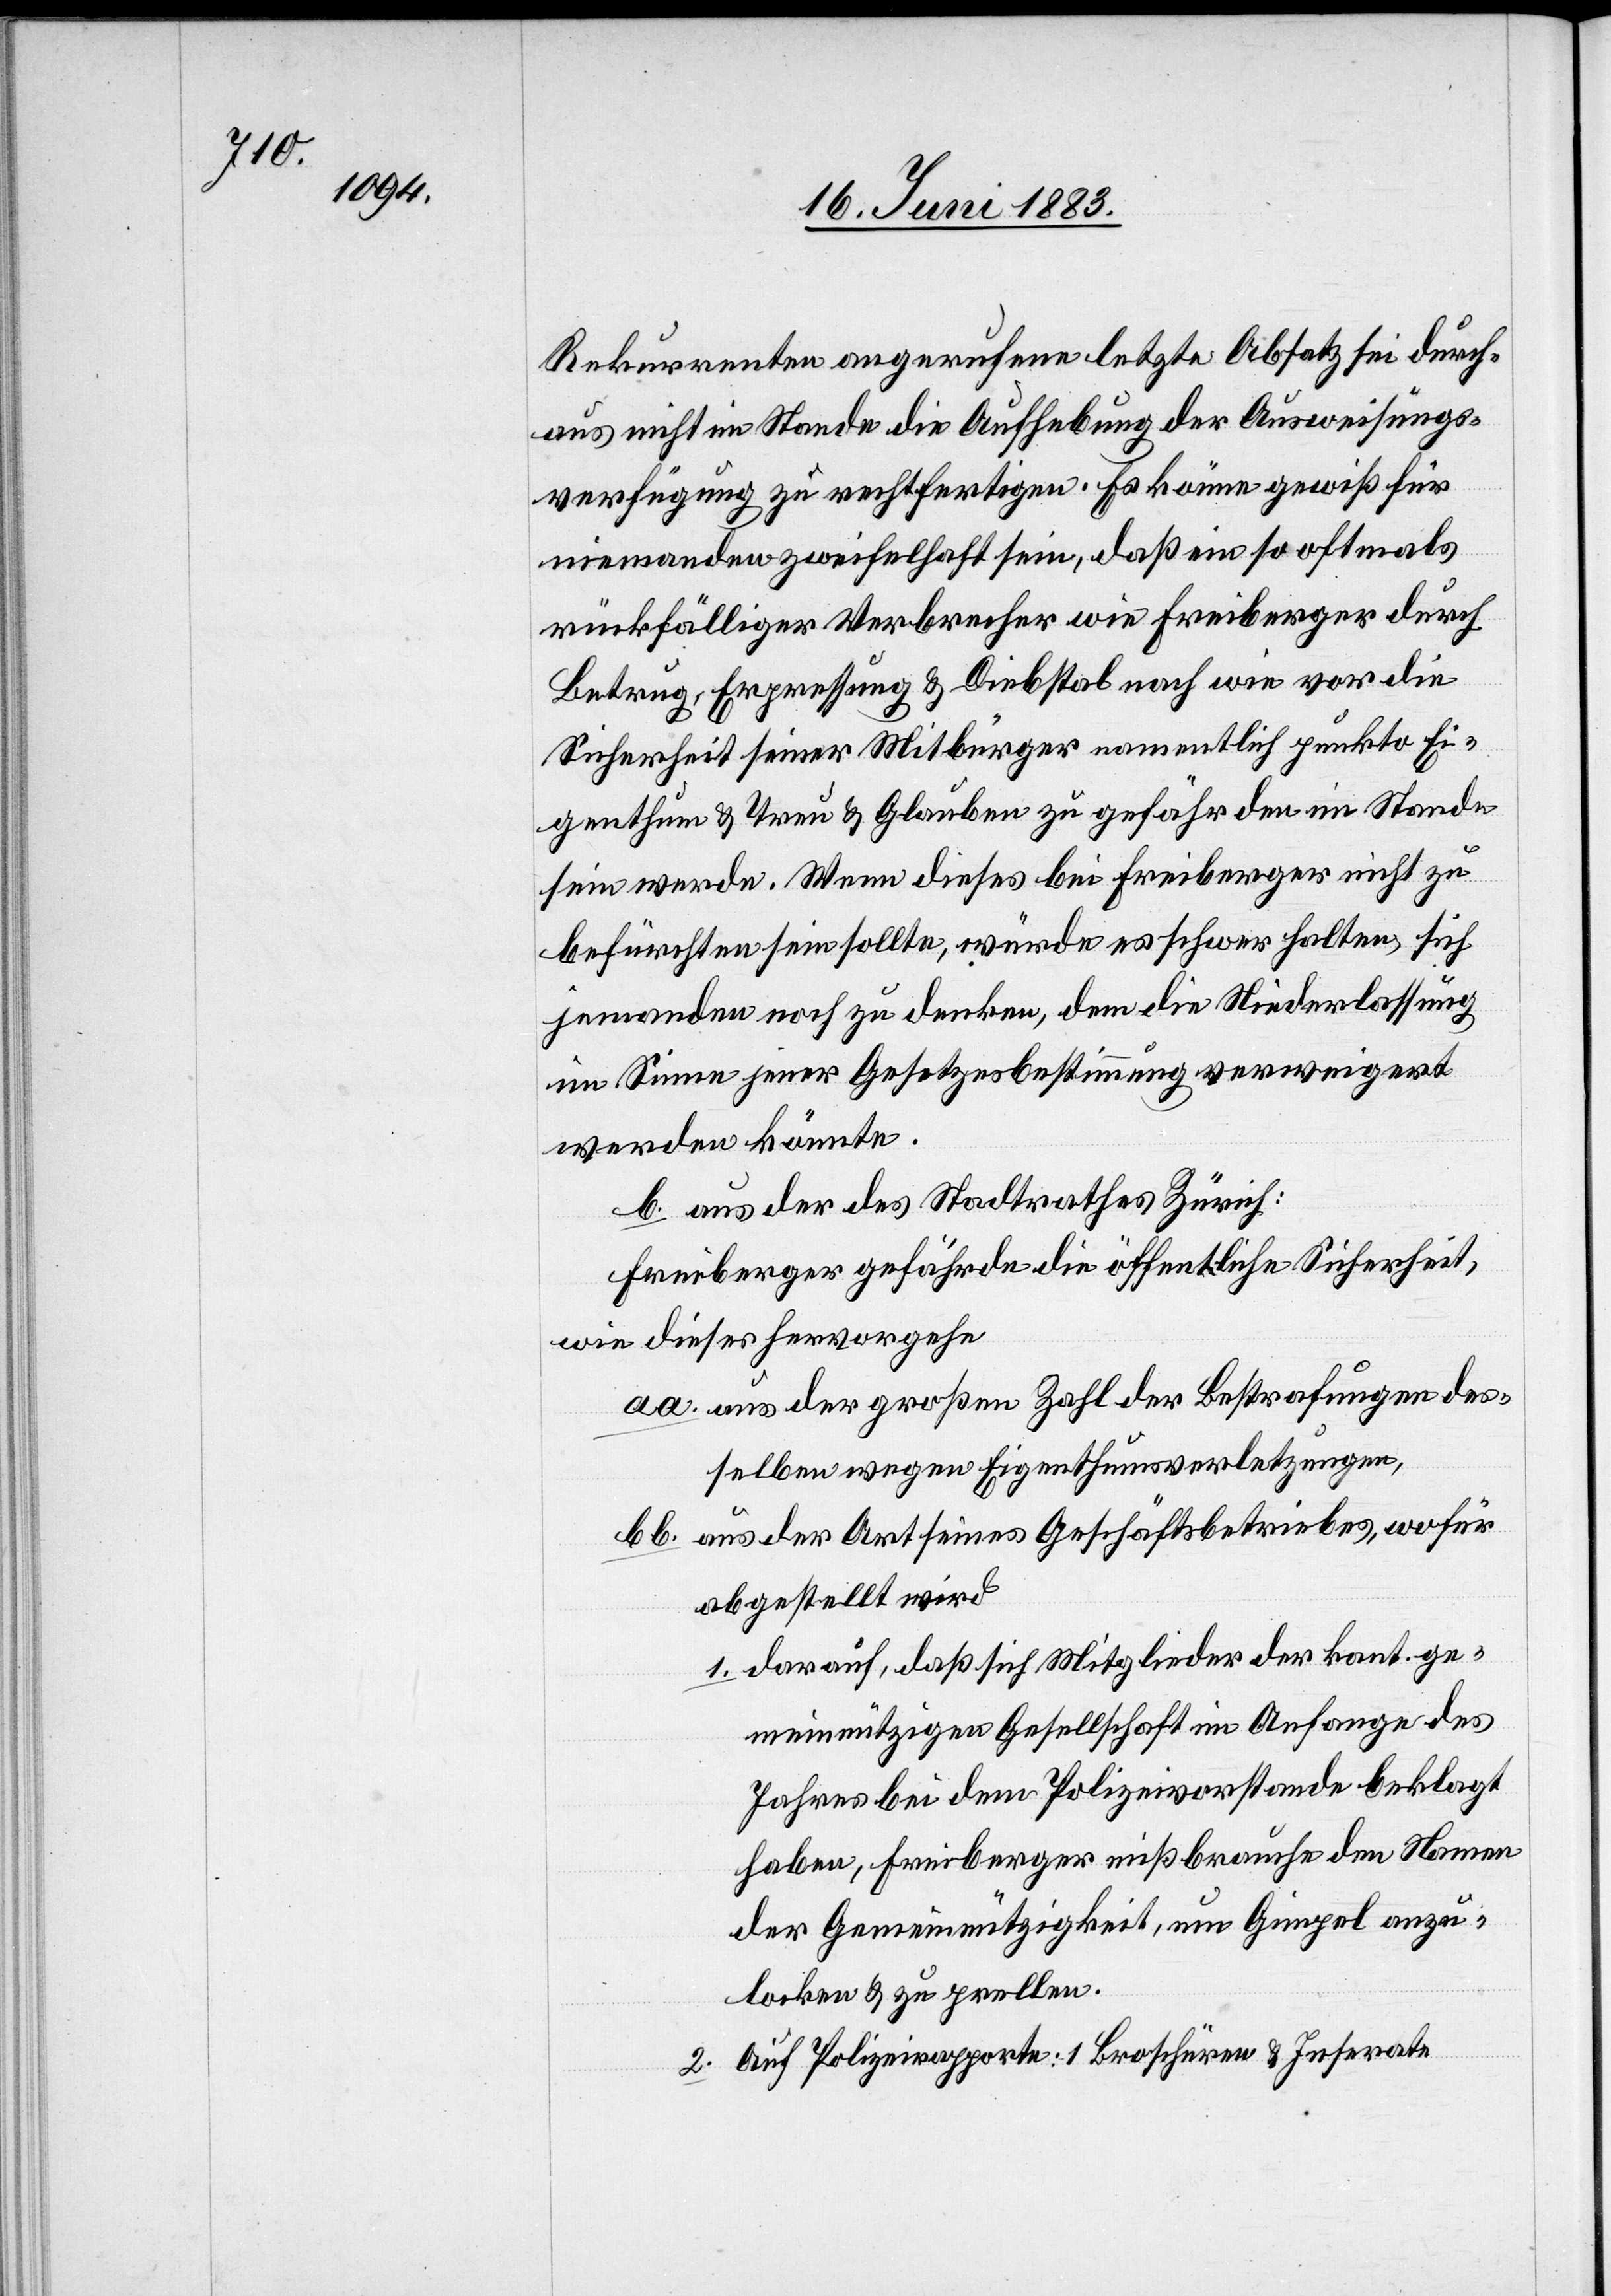
Rekurrenten angerufenen letzte Absatz sei durch¬
aus nicht im Stande die Aufhebung der Ausweisungs¬
verfügung zu rechtfertigen. Es könne gewiß für
niemanden zweifelhaft sein, daß ein so oftmals
rückfälliger Verbrecher wie Freiberger durch
Betrug, Erpressung & Diebstal nach wie vor die
Sicherheit seiner Mitbürger namentlich punkto Ei¬
genthum & Treu & Glauben zu gefährden im Stande
sein werde. Wenn dieses bei Freiberger nicht zu
befürchten sein sollte, würde es schwer halten, sich
jemanden noch zu denken, dem die Niederlassung
im Sinne jener Gesetzesbestimmung verweigert
werden könnte.
b. aus der des Stadtrathes Zürich:
Freiberger gefährde die öffentliche Sicherheit,
wie dieses hervorgehe
aa. aus der großen Zahl der Bestrafungen des¬
selben wegen Eigenthumsverletzungen,
bb. aus der Art seines Geschäftsbetriebes, wofür
abgestellt wird
1. darauf, daß sich Mitglieder der kant. ge¬
meinnützigen Gesellschaft im Anfange des
Jahres bei dem Polizeivorstande beklagt
haben, Freiberger mißbrauche den Namen
der Gemeinnützigkeit, um Gimpel anzu¬
locken & zu prellen.
2. Auf Polizeirapporte: 1 Broschüren & Inserate